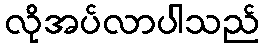
လိုအပ်လာပါသည်